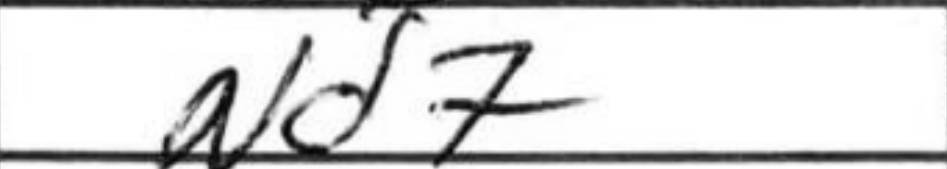
Transcription: Nd7